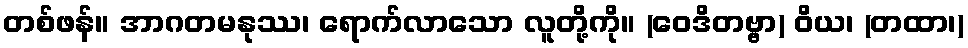
တစ်ဖန်။ အာဂတမနုဿ၊ ရောက်လာသော လူတို့ကို။ (ဝေဒိတဗ္ဗာ) ဝိယ၊ (တထာ၊)